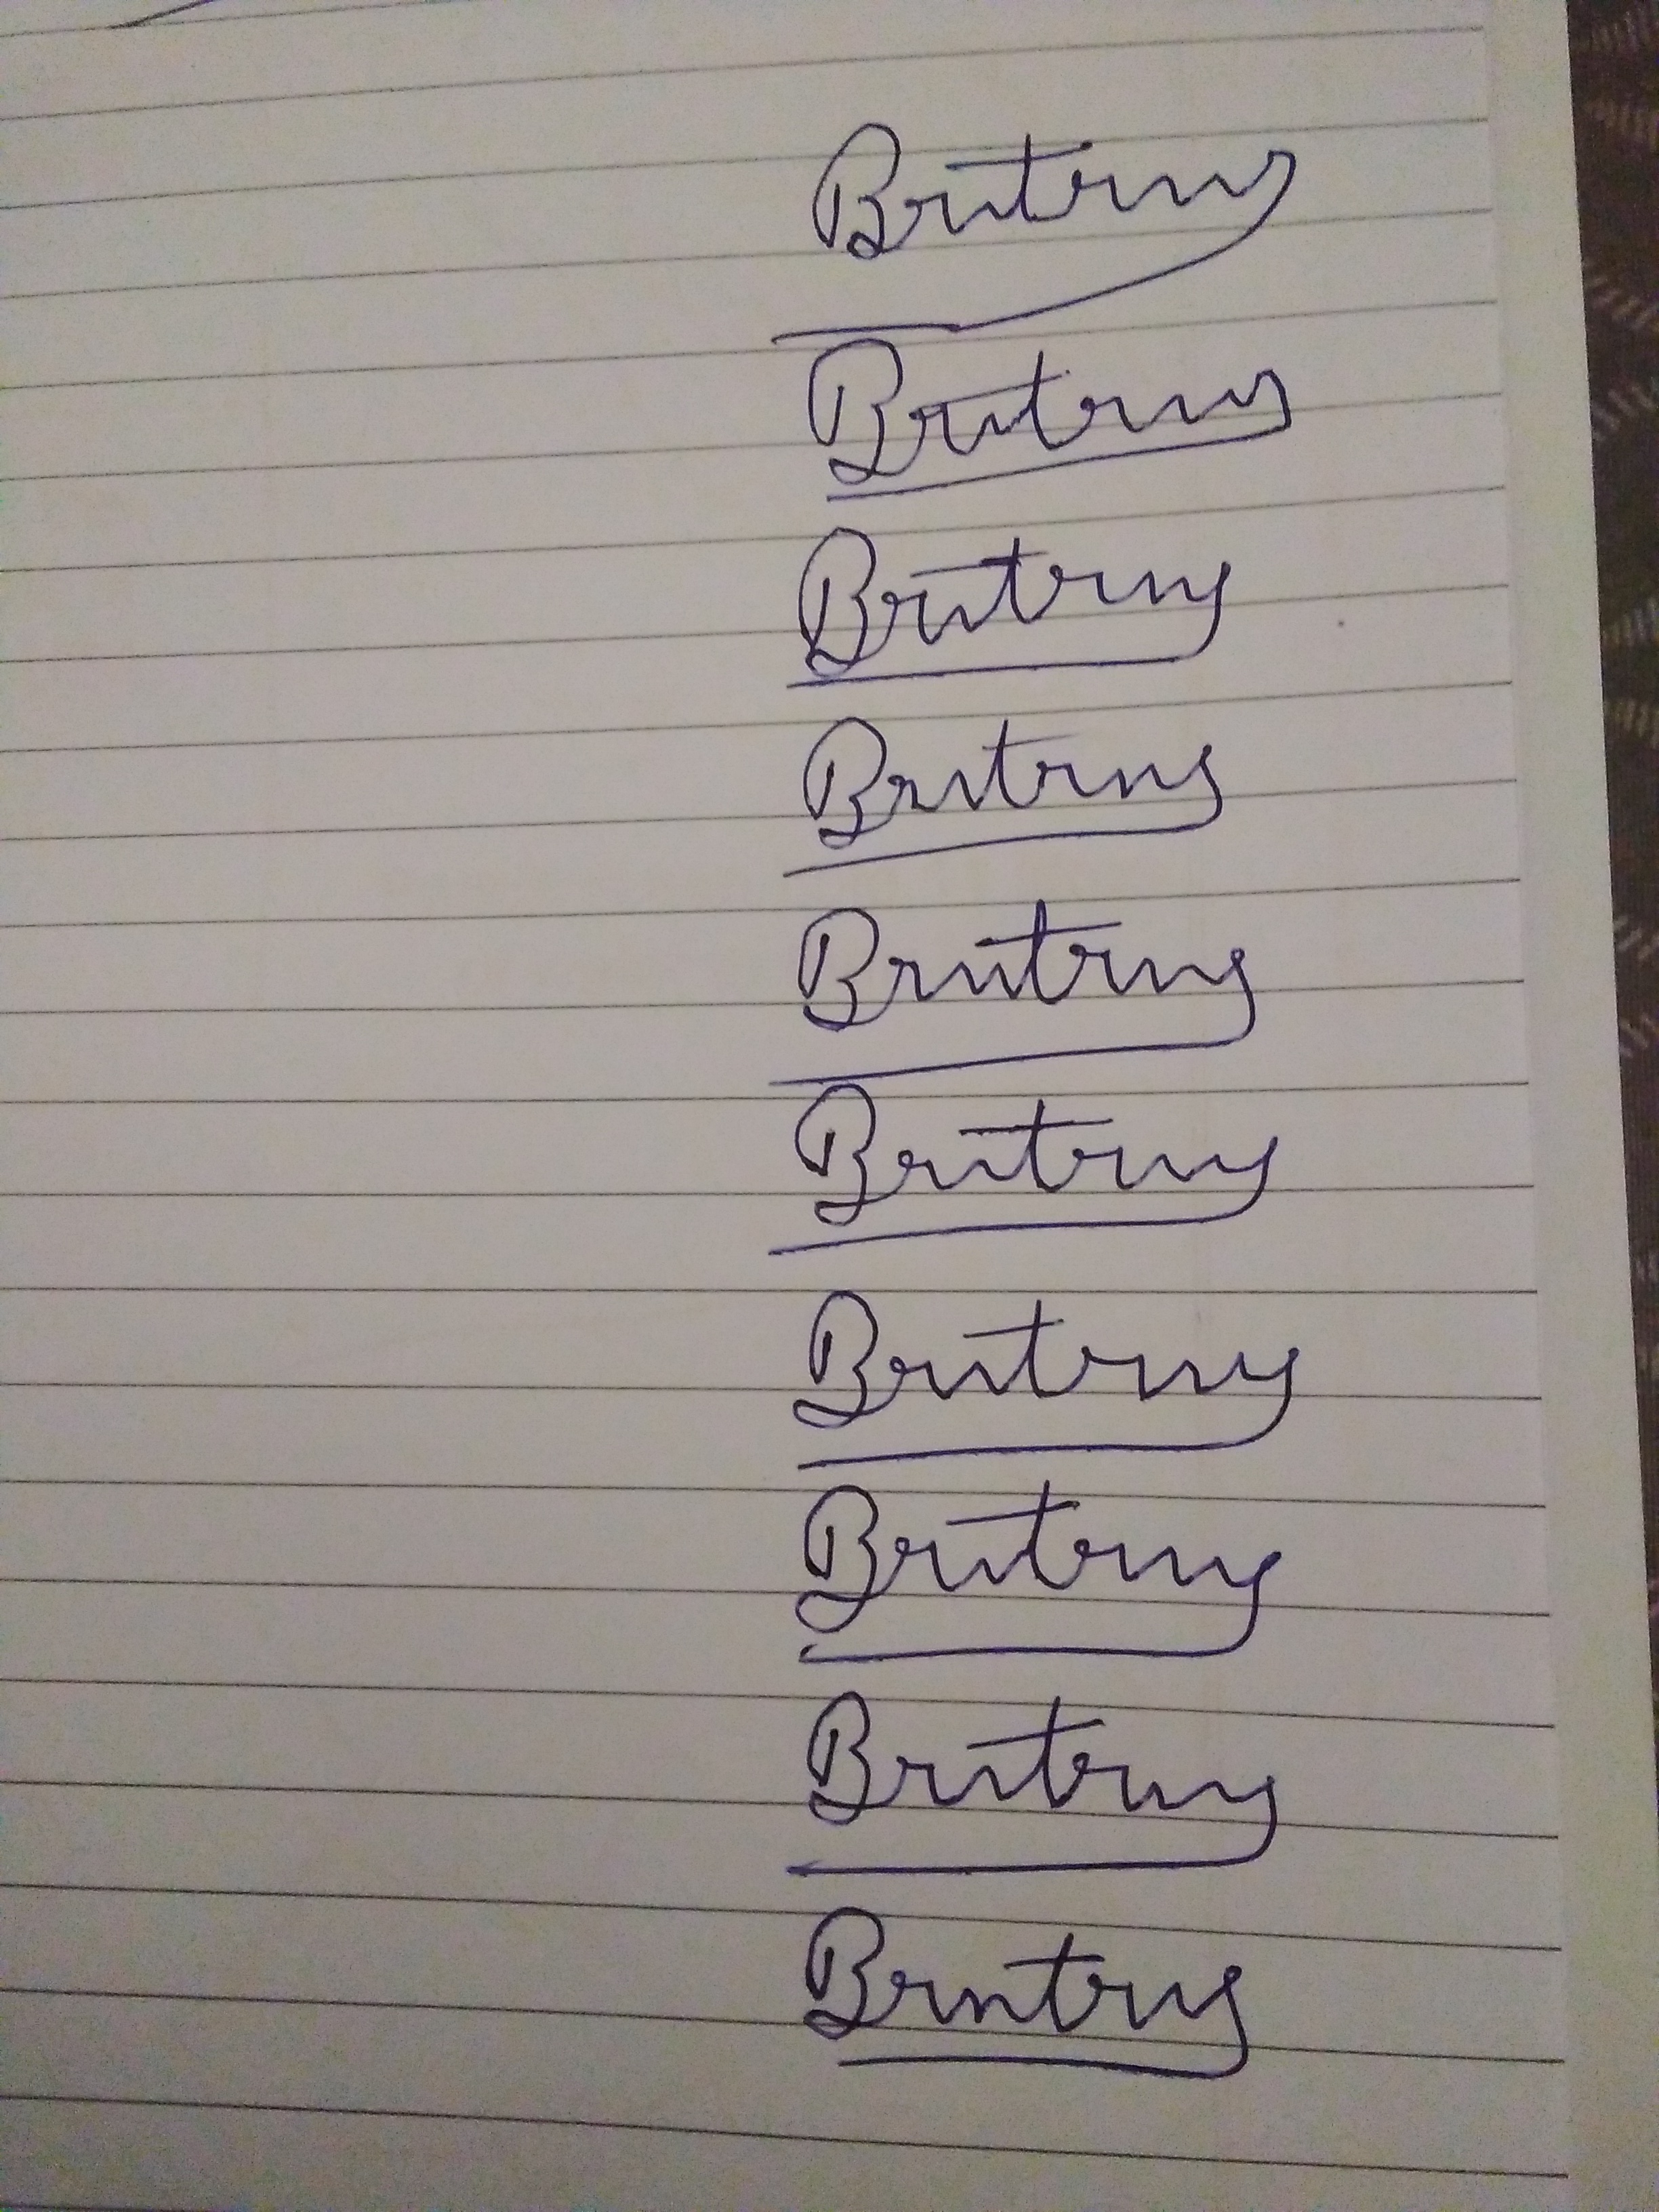
Signature authenticity: forged